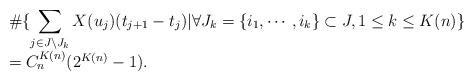
LaTeX: \begin{align*}\begin{array}{l}\displaystyle \# \{ \sum_{ \substack{j\in J\setminus J_{k}}} X(u_{j})(t_{j+1}-t_{j})|\forall J_{k}=\{i_1,\cdots,i_k\}\subset J, 1\leq k\leq K(n) \} \\=C_{n}^{K(n)} (2^{K(n)}-1).\end{array}\end{align*}